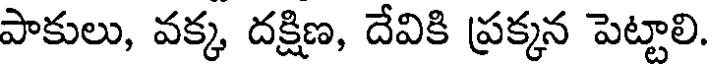
పాకులు, వక్క, దక్షిణ, దేవికి ప్రక్కన పెట్టాలి.